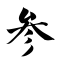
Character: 参